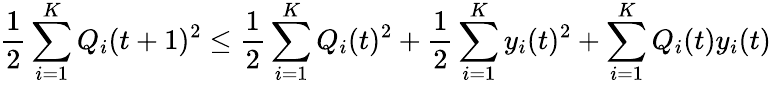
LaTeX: {\frac{1}{2}}\sum_{i=1}^{K}Q_{i}(t+1)^{2}\leq{\frac{1}{2}}\sum_{i=1}^{K}Q_{i}(t)^{2}+{\frac{1}{2}}\sum_{i=1}^{K}y_{i}(t)^{2}+\sum_{i=1}^{K}Q_{i}(t)y_{i}(t)